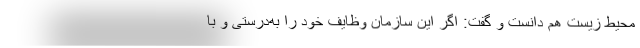
محیط زیست هم دانست و گفت: اگر این سازمان وظایف خود را به‌درستی و با